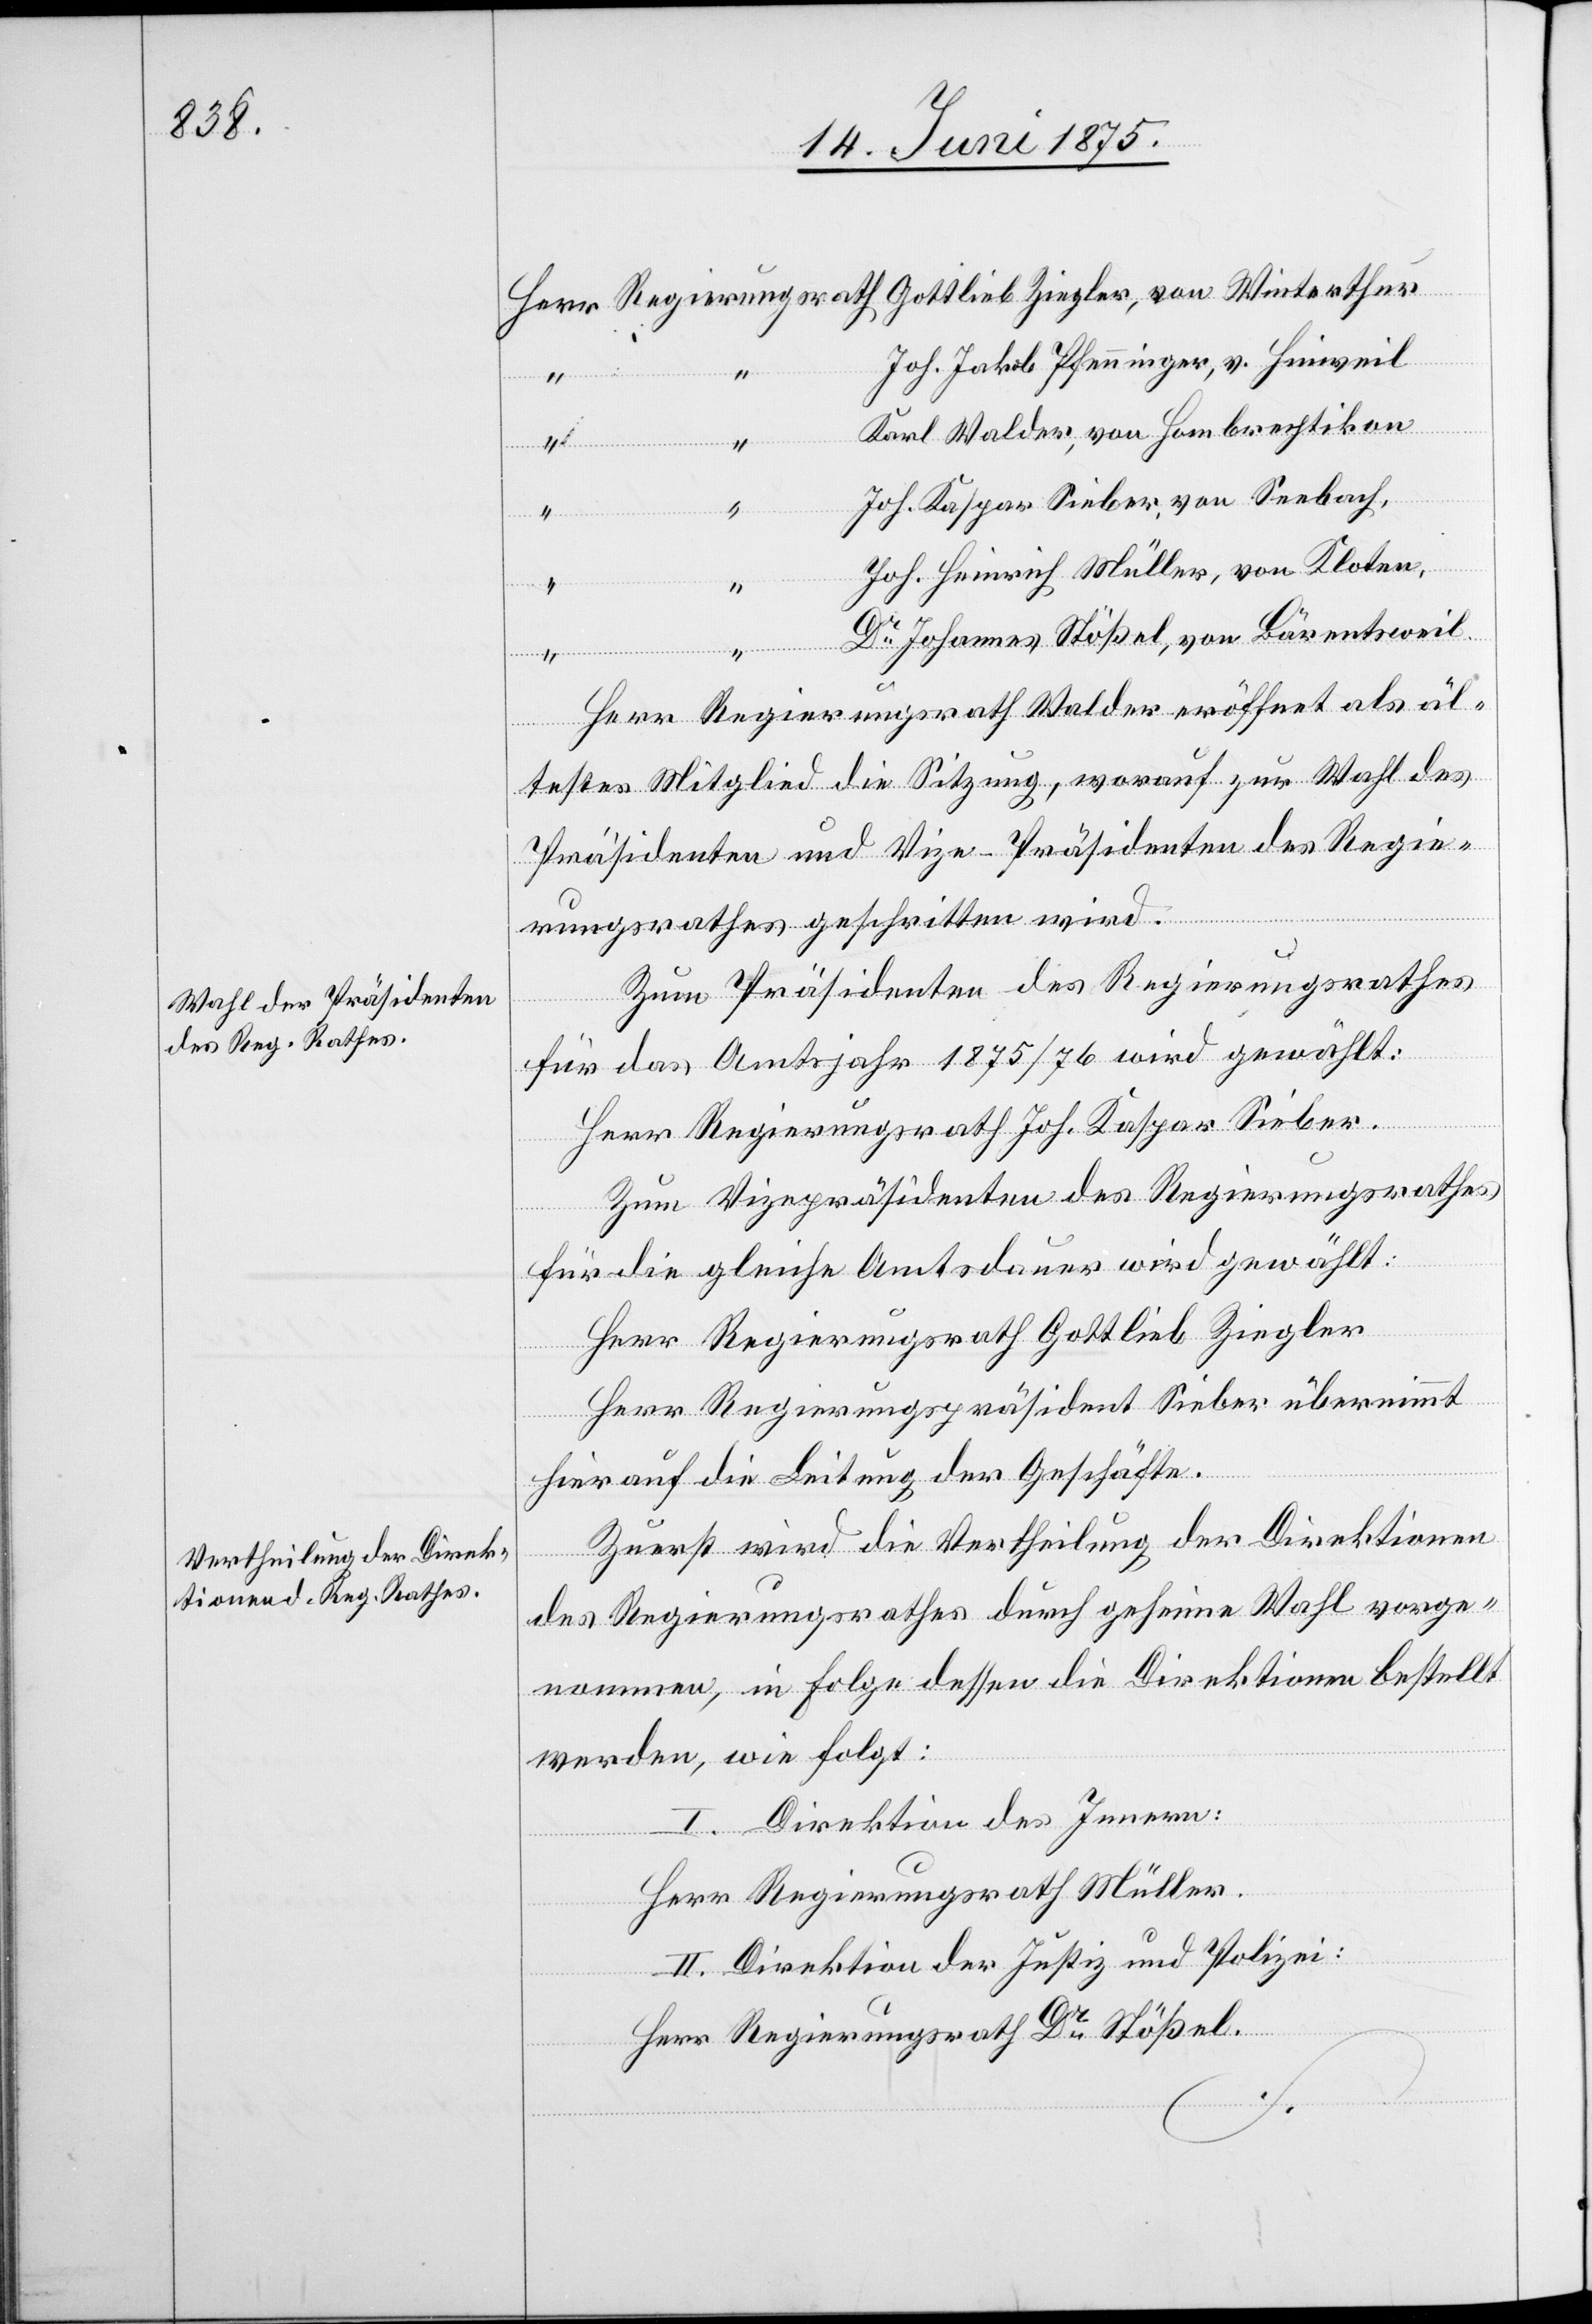
Wahl der Präsidenten
des Reg. Rathes.
Vertheilung der Direk¬
tionen d. Reg. Rathes.

Herr
Joh. Jakob Pfenninger, v. Hinweil
Karl Walder, von Hombrechtikon
Joh. Kaspar Sieber, von Seebach,
“
Joh. Heinrich Müller, von Kloten,
Gottlieb Ziegler,
Dr Johannes Stößel, von Bärentsweil
Herr Regierungsrath Walder eröffnet als äl¬
testes Mitglied die Sitzung, worauf zur Wahl des
Präsidenten und Vize-Präsidenten des Regie¬
rungsrathes geschritten wird.
Zum Präsidenten des Regierungsrathes
für das Amtsjahr 1875/76 wird gewählt:
Herr Regierungsrath Jos. Kaspar Sieber.
Zum Vizepräsidenten des Regierungsrathes
für die gleiche Amtsdauer wird gewählt:
Herr Regierungsrath Gottlieb Ziegler.
Herr Regierungspräsident Sieber übernimmt
hierauf die Leitung der Geschäfte.
Zuerst wird die Vertheilung der Direktionen
des Regierungsrathes durch geheime Wahl vorge¬
nommen, in Folge dessen die Direktionen bestellt
werden, wie folgt:
I. Direktion des Innern:
Herr Regierungsrath Müller.
II. Direktion der Justiz und Polizei:
Herr Regierungsrath Dr Stößel.
Winterthur

von